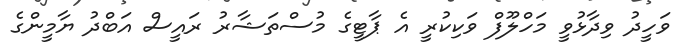
ވަހީދު ވިދާޅުވީ މަހްލޫފް ވަކިކުރީ އެ ޕާޓީގެ މުސްތަޝާރު ރައީސް އަބްދު ޔާމީންގެ